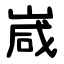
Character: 嵅